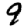
Digit: 9